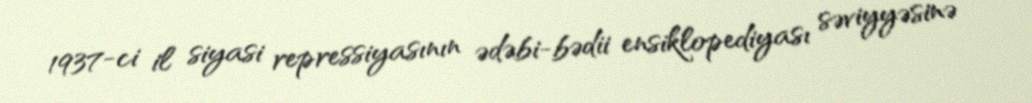
1937-ci il siyasi repressiyasının ədəbi-bədii ensiklopediyası səviyyəsinə